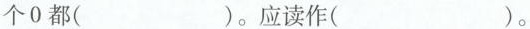
个0都( )。应读作( )。